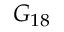
G _ { 1 8 }